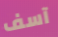
آسف